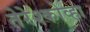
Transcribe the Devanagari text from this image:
तेरेश्कोव्हा